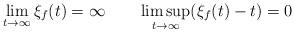
LaTeX: \begin{align*}\lim_{t\to\infty}\xi_f(t)=\infty\quad\quad\limsup_{t\to\infty}(\xi_f(t)-t)=0\end{align*}